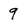
Character: 9